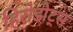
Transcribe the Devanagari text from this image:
हिरोडोट्स